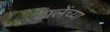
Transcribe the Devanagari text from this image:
ढालेंच्या